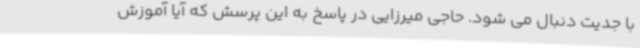
با جدیت دنبال می شود. حاجی میرزایی در پاسخ به این پرسش که آیا آموزش